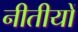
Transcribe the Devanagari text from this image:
नीतीयों